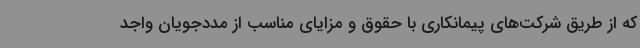
که از طریق شرکت‌های پیمانکاری با حقوق و مزایای مناسب از مددجویان واجد